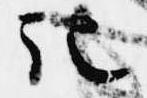
記